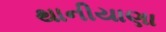
થાનીયાણા